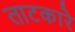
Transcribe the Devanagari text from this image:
ताटकारे